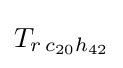
T_{r\,c_{20}h_{42}}